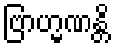
ဗြာဟ္မဏန္တိ